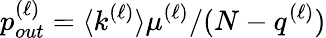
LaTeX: p_{out}^{(\ell)}=\langle k^{(\ell)}\rangle\mu^{(\ell)}/(N-q^{(\ell)})